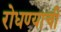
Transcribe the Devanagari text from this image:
रोधण्याची